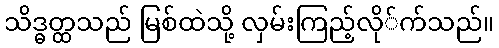
သိဒ္ဓတ္ထသည် မြစ်ထဲသို့ လှမ်းကြည့်လို်က်သည်။